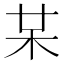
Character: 𣏼